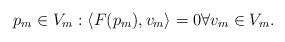
LaTeX: \begin{align*} \enspace p_{m} \in V_{m}: \langle F(p_{m}), v_{m} \rangle = 0 \forall v_{m} \in V_{m}.\end{align*}